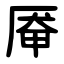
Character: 厣